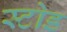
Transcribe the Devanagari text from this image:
स्टोड